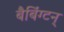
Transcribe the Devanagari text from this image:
बैबिंग्टन्